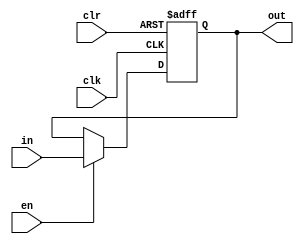
`timescale 1ns / 1ps
//////////////////////////////////////////////////////////////////////////////////
// Company: 
// Engineer: 
// 
// Design Name: 
// Module Name: Register
// Project Name: 
// Target Devices: 
// Tool Versions: 
// Description: 
// 
// Dependencies: 
// 
// Revision:
// Revision 0.01 - File Created
// Additional Comments:
// 
//////////////////////////////////////////////////////////////////////////////////


module Register(
clk,en,clr,in,
out
    );
    
        parameter WIDTH = 32;
        input clk;
        input en;
        input clr;
        input  [WIDTH-1:0]in;
        output  reg [WIDTH-1:0]out;          //reg
    initial begin
        out = 0;
    end

    always@(posedge clk or posedge clr)begin
        if(clr == 1)
            out <= 0;
        else if(en == 1)
            out <= in;
        else
            ;
    end
endmodule